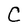
Character: C